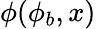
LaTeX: \phi(\phi_{b},x)